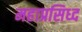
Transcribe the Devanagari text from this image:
महाप्रसिध्द